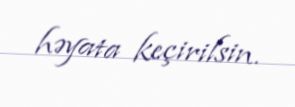
həyata keçirilsin.